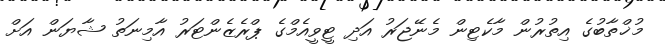
މުޚްތާބުގެ އިތުރުން މާކެޓިން މެނޭޖަރު އަދި ޓީވީއެމްގެ ޕްރެޒެންޓަރު އާމިނަތު ޝާޔަން އަށް